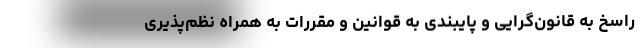
راسخ به قانون‌گرایی و پایبندی به قوانین و مقررات به همراه نظم‌پذیری